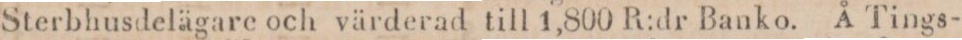
Sterbhusdelägare och värderad till 1,800 R:dr Banko. Å Tings-